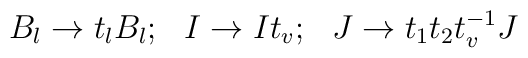
B_l\rightarrow t_l B_l ; \, \, \, \, I\rightarrow It_v; \, \, \,\, J\rightarrow t_1 t_2 t_v^{-1}J